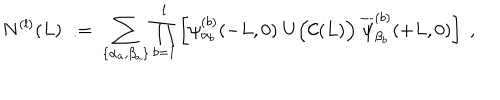
LaTeX: N ^ { ( l ) } ( L ) \; : = \; \sum _ { \{ \alpha _ { a } , \beta _ { a } \} } \prod _ { b = 1 } ^ { l } \left[ \psi _ { \alpha _ { b } } ^ { ( b ) } ( - L , 0 ) \; U \Big ( { \cal C } ( L ) \Big ) \; \overline { { { \psi } } } _ { \beta _ { b } } ^ { ( b ) } ( + L , 0 ) \right] \; ,